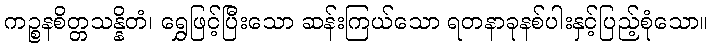
ကဉ္စနစိတ္တသန္နိတံ၊ ရွှေဖြင့်ပြီးသော ဆန်းကြယ်သော ရတနာခုနစ်ပါးနှင့်ပြည့်စုံသော။